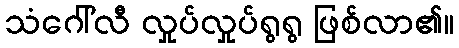
သံဂေါ်လီ လှုပ်လှုပ်ရွရွ ဖြစ်လာ၏။